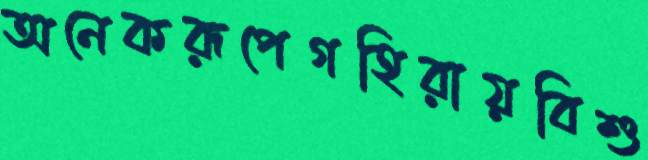
অনেকরূপেগহিরায়বিশু